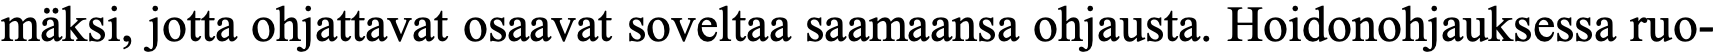
mäksi, jotta ohjattavat osaavat soveltaa saamaansa ohjausta. Hoidonohjauksessa ruo-